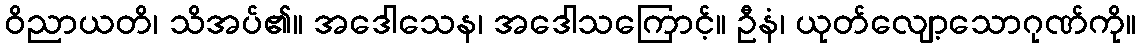
ဝိညာယတိ၊ သိအပ်၏။ အဒေါသေန၊ အဒေါသကြောင့်။ ဦနံ၊ ယုတ်လျော့သောဂုဏ်ကို။